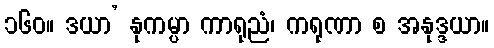
၁၆၀။ ဒယာ’ နုကမ္ပာ ကာရုညံ၊ ကရုဏာ စ အနုဒ္ဒယာ။